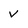
Character: v